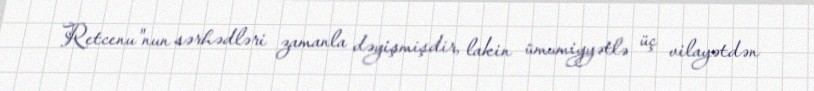
Retcenu"nun sərhədləri zamanla dəyişmişdir, lakin ümumiyyətlə üç vilayətdən